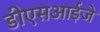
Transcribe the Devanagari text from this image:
डीएसआईजे